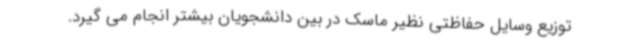
توزیع وسایل حفاظتی نظیر ماسک در بین دانشجویان بیشتر انجام می گیرد.